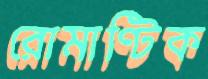
রোমাণ্টিক